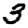
Digit: 3